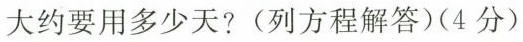
大约要用多少天？（列方程解答）（4分）